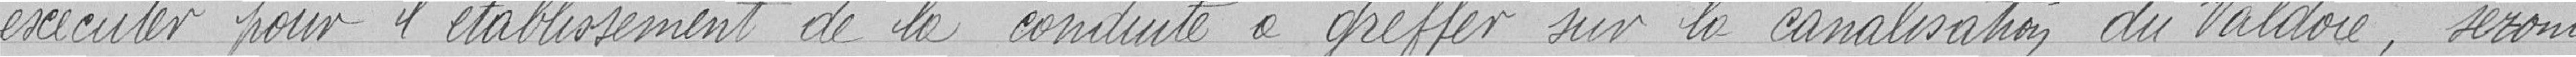
exécuter pour l'établissement de la conduite à greffer sur la canalisation du Valdoie, seront